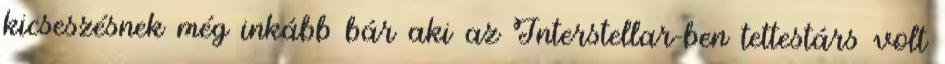
kicseszésnek még inkább bár aki az Interstellar-ben tettestárs volt